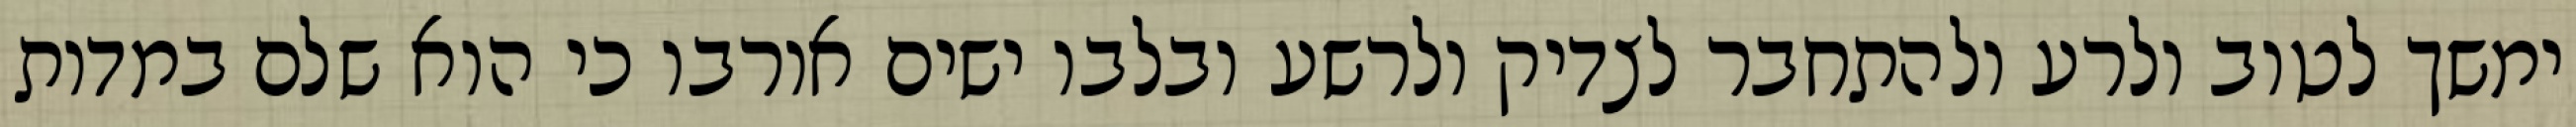
ימשך לטוב ולרע ולהתחבר לצדיק ולרשע ובלבו ישים אורבו כי הוא שלם במדות